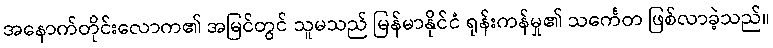
အနောက်တိုင်းလောက၏ အမြင်တွင် သူမသည် မြန်မာနိုင်ငံ ရုန်းကန်မှု၏ သင်္ကေတ ဖြစ်လာခဲ့သည်။